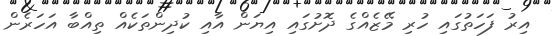
އިރު ފަހަތުގައި ހުރި މޭޒެއްގެ ދޮށުގައި އިޔަން އާއި ކުދިންތަކެއް ތިއްބާ އަހަރެން